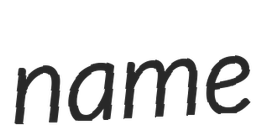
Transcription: name